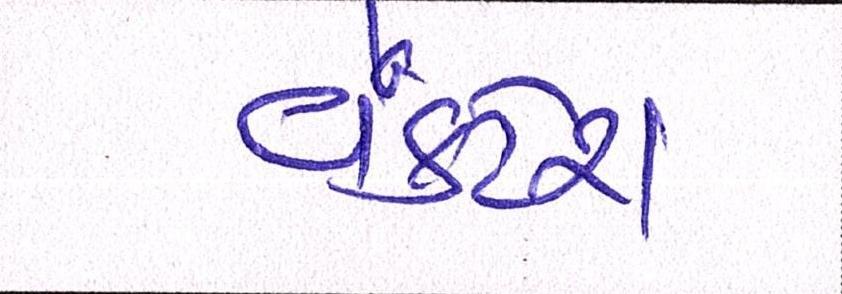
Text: વેંકટેશ